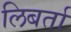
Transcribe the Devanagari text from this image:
लिबर्ता